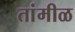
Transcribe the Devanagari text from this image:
तांमीळ